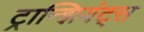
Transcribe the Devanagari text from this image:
ट्रान्झियंट्स